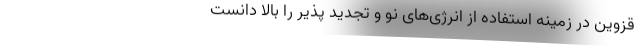
قزوین در زمینه استفاده از انرژی‌های نو و تجدید پذیر را بالا دانست